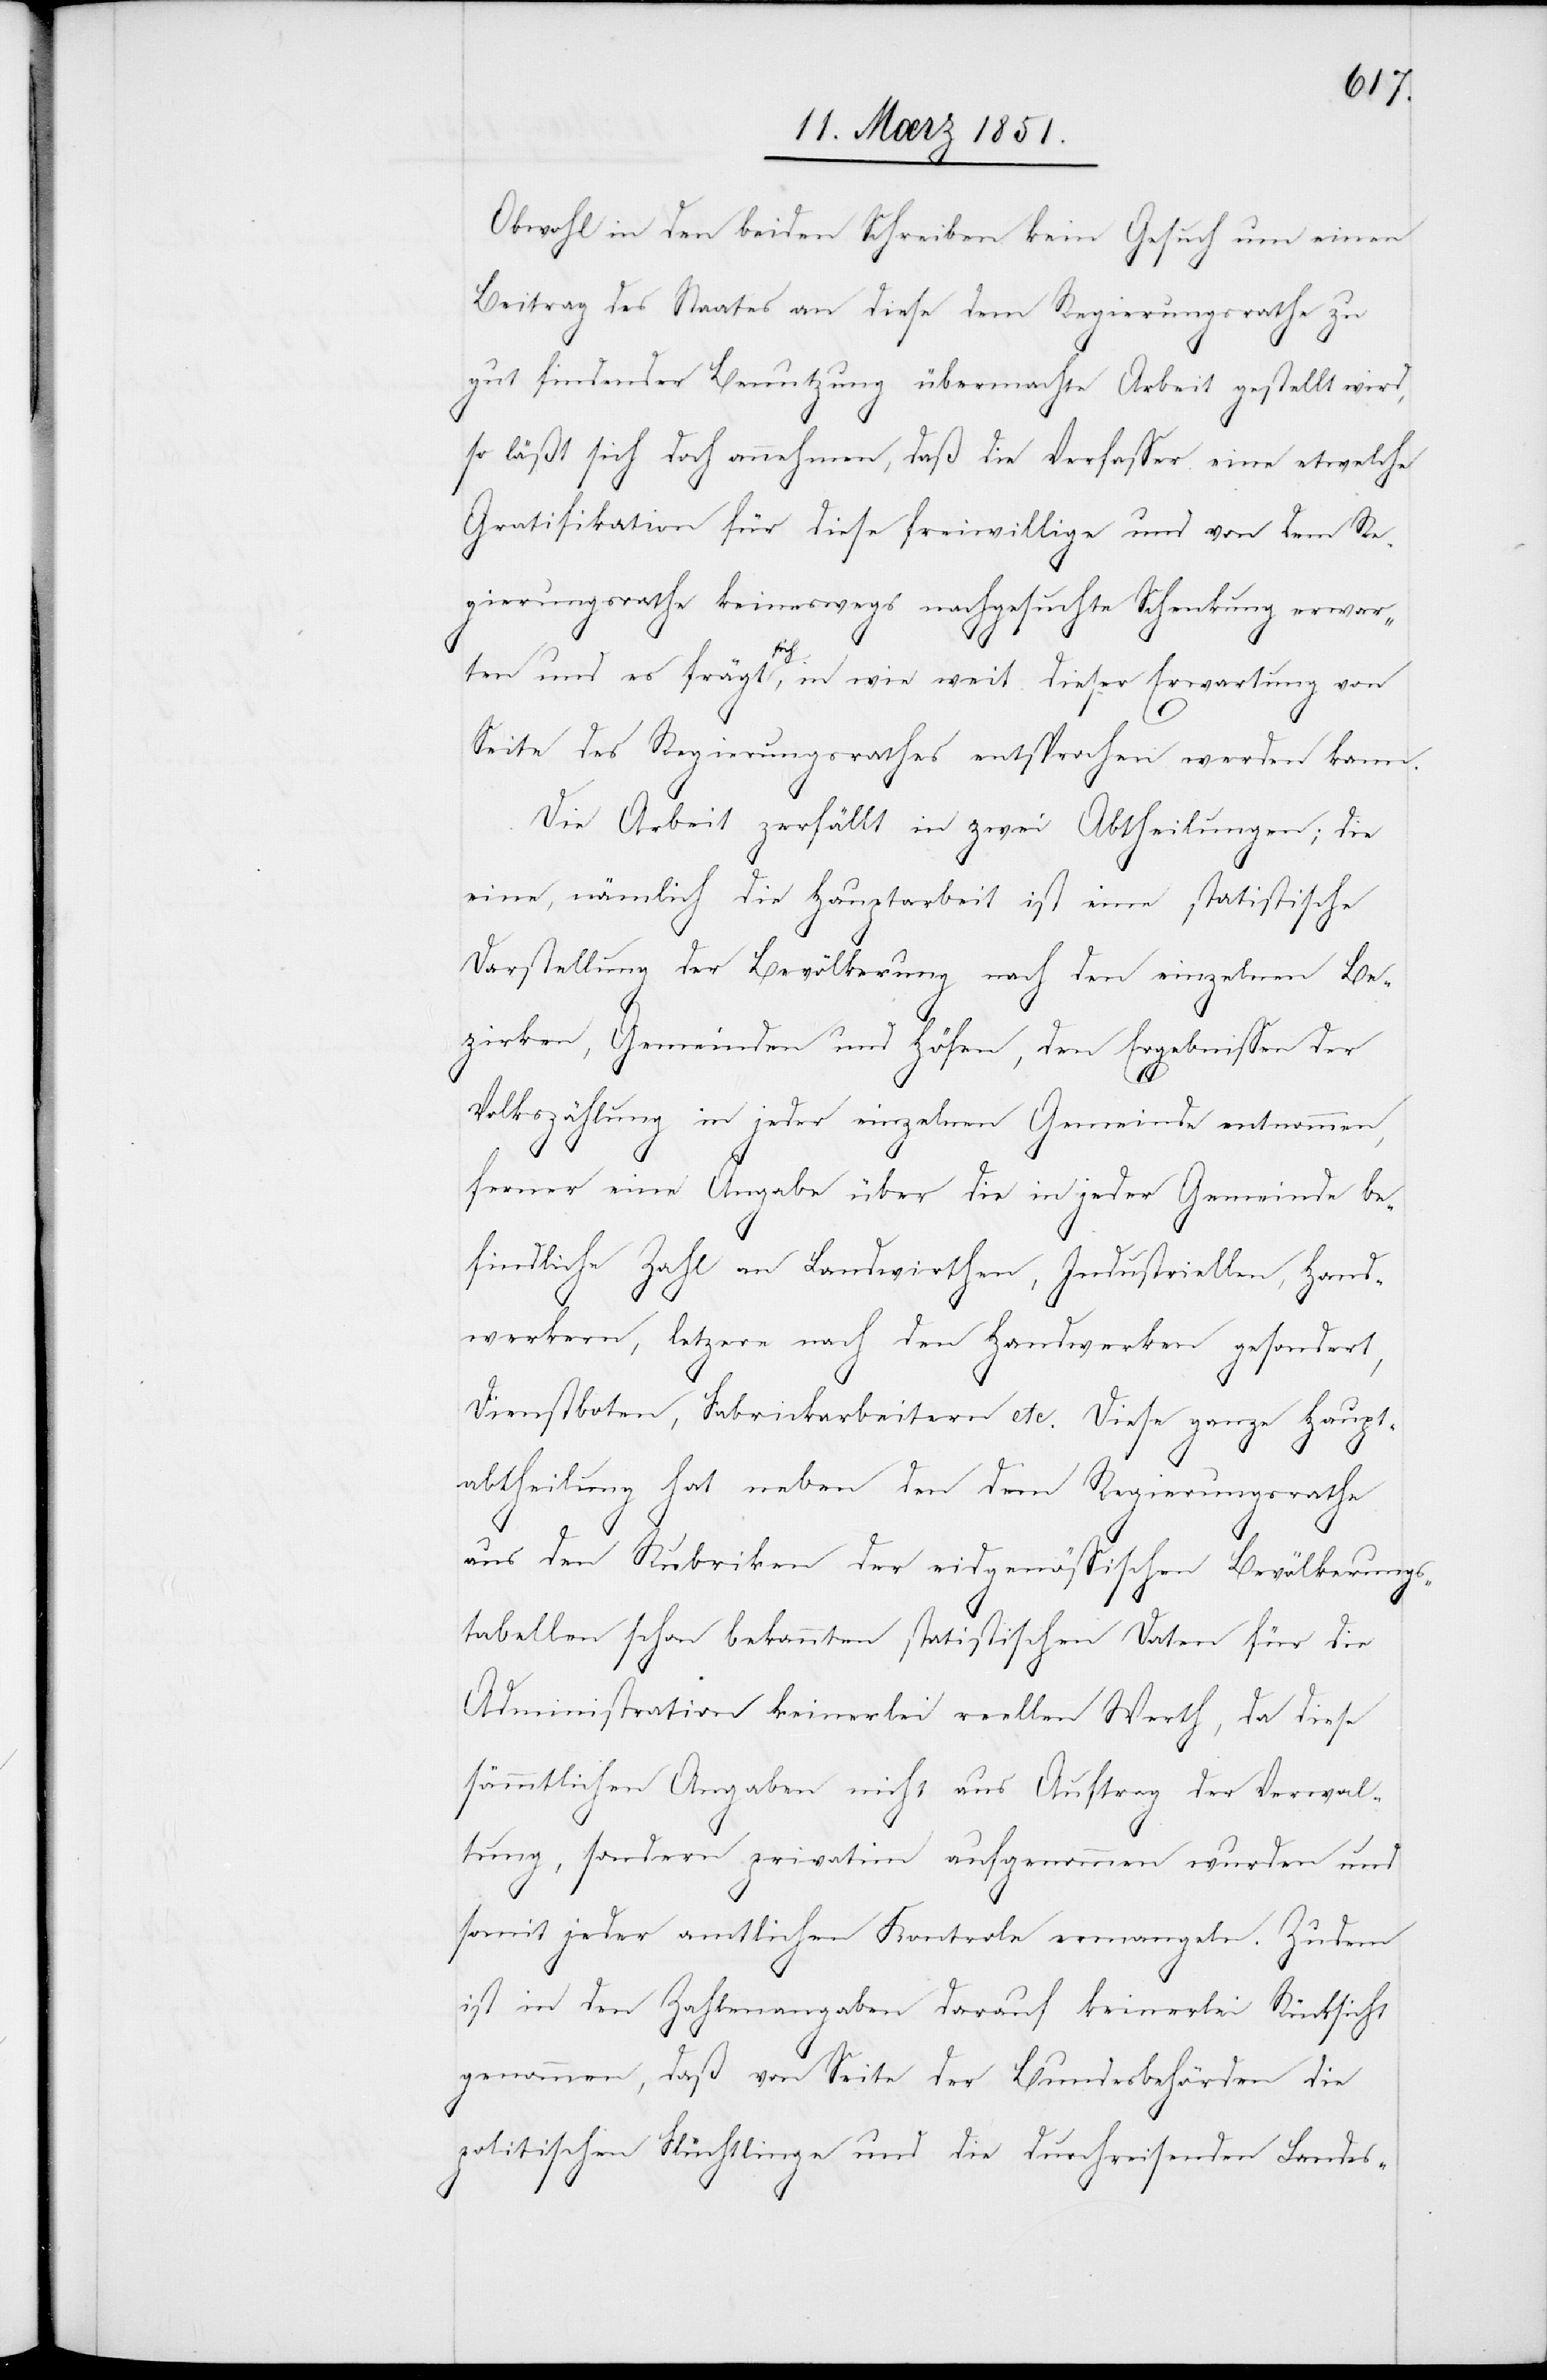
Obwohl in den beiden Schreiben kein Gesuch um einen
Beitrag des Staates an diese dem Regierungsrathe zu
gut findender Benutzung übermachte Arbeit gestellt wird,
so läßt sich doch annehmen, daß die Verfasser eine etwelche
Gratifikation für diese freiwillige und von dem Re¬
gierungsrathe keineswegs nachgesuchte Schenkung erwar¬
ten und es frägt sich, in wie weit dieser Erwartung von
Seite des Regierungsrathes entsprochen werden kann.
Die Arbeit zerfällt in zwei Abtheilungen; die
eine, nämlich die Hauptarbeit ist eine statistische
Darstellung der Bevölkerung nach den einzelnen Be¬
zirken, Gemeinden und Höfen, den Ergebnissen der
Volkszählung in jeder einzelnen Gemeinde entnommen,
ferner eine Angabe über die in jeder Gemeinde be¬
findliche Zahl an Landwirthen, Industriellen, Hand¬
werkern, letz[t]ere nach den Handwerken gesondert,
Dienstboten, Fabrickarbeitern etc. Diese ganze Haupt¬
abtheilung hat neben den dem Regierungsrathe
aus den Rubriken der eidgenössischen Bevölkerungs¬
tabellen schon bekannten statistischen Daten für die
Administration keinerlei reellen Werth, da diese
sämmtlichen Angaben nicht aus Auftrag der Verwal¬
tung, sondern privatim aufgenommen wurden und
somit jeder amtlichen Kontrole ermangeln. Zudem
ist in den Zahlenangaben darauf keinerlei Rücksicht
genommen, daß von Seite der Bundesbehörden die
politischen Flüchtlinge und die durchreisenden Landes-